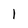
Character: l